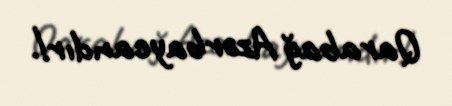
Qarabağ Azərbaycandır!.